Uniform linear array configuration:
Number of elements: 32
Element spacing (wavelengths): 1
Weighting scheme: uniform
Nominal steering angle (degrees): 45
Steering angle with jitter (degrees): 44.845
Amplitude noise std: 0.05
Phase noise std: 0.05

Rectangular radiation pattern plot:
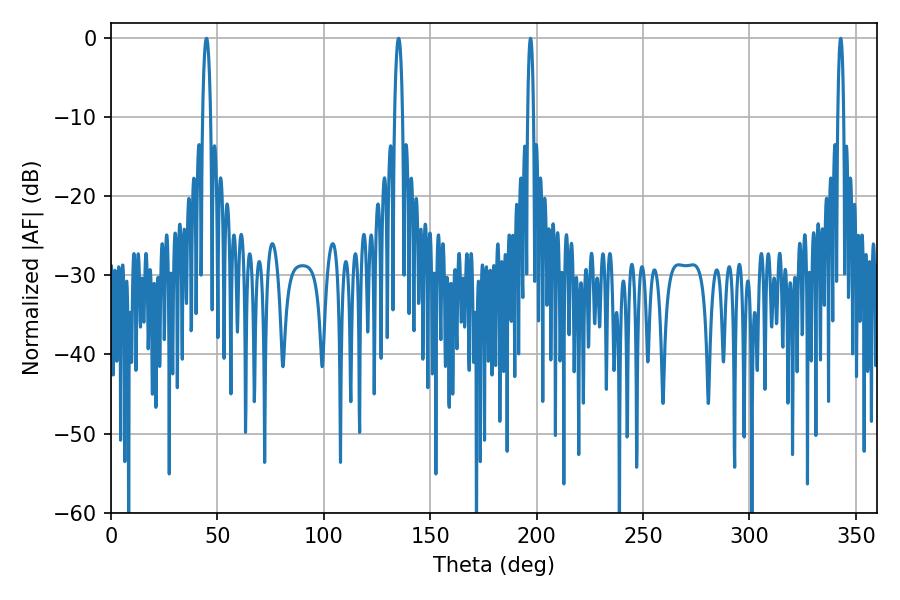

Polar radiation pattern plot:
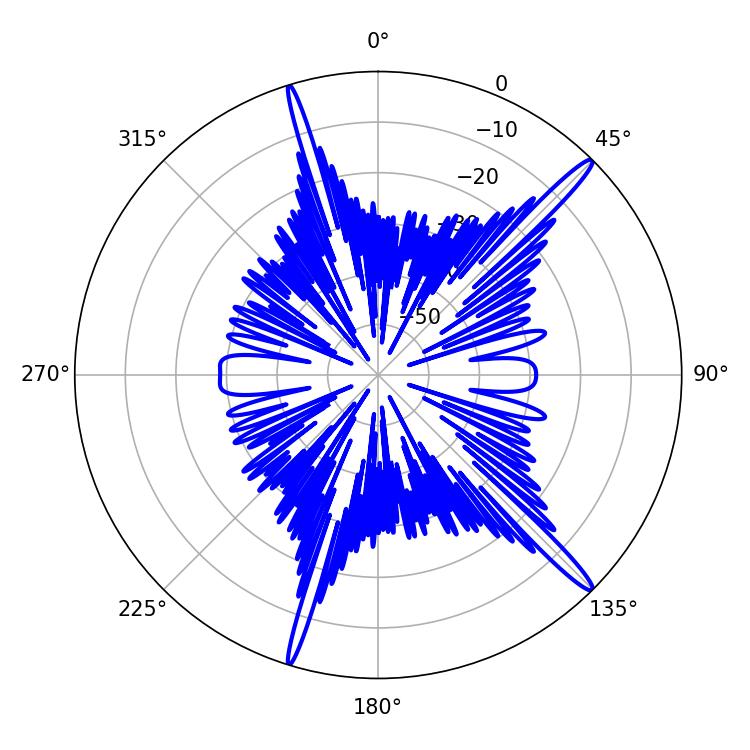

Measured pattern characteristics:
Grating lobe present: TRUE
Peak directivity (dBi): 16.74
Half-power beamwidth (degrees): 1.44
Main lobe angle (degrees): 197.1